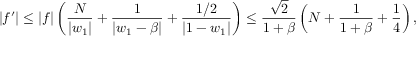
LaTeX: | f ^ { \prime } | \leq | f | \left( { \frac { N } { | w _ { 1 } | } } + { \frac { 1 } { | w _ { 1 } - \beta | } } + { \frac { 1 / 2 } { | 1 - w _ { 1 } | } } \right) \leq { \frac { \sqrt { 2 } } { 1 + \beta } } \left( N + { \frac { 1 } { 1 + \beta } } + { \frac { 1 } { 4 } } \right) ,